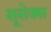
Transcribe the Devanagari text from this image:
सूसेक्स